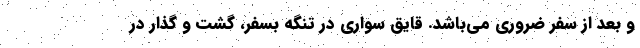
و بعد از سفر ضروری می‌باشد. قایق سواری در تنگه بسفر، گشت و گذار در